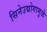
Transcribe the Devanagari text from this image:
सिनेउद्योगामुळे